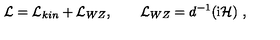
{ \cal L } = { \cal L } _ { k i n } + { \cal L } _ { W Z } , \qquad { \cal L } _ { W Z } = d ^ { - 1 } ( \mathrm { i } { \cal H } ) \ ,